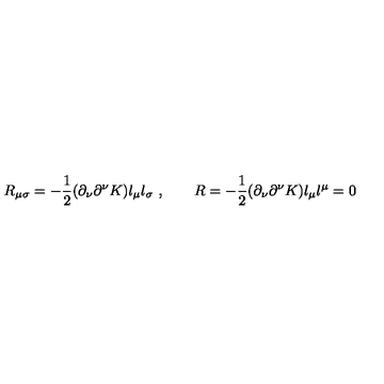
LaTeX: R _ { \mu \sigma } = - { \frac { 1 } { 2 } } ( \partial _ { \nu } \partial ^ { \nu } K ) l _ { \mu } l _ { \sigma } \ , \qquad R = - { \frac { 1 } { 2 } } ( \partial _ { \nu } \partial ^ { \nu } K ) l _ { \mu } l ^ { \mu } = 0